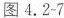
图4.2-7